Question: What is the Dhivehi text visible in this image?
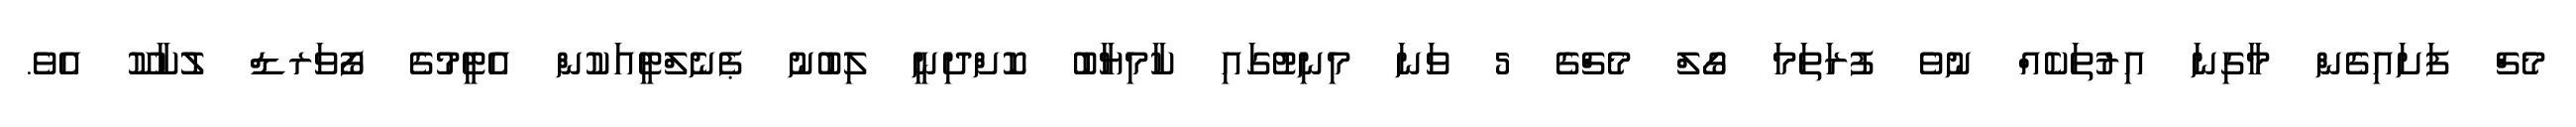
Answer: މެޗް ފަށައިގެން މާގިނަ އިރުތަކެއް ނުވެ ފުރަތަމަ ގޯލް މެޗްގެ 5 ވަނަ މިނިޓުގައި ކާމިޔާބު ކޮށްދިނީ ލިބުނު ޕެނެލްޓީއަކުން އެޓީމުގެ ފޯވަރޑް ލުކާކޫ އެވެ.